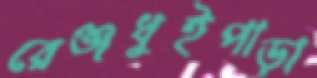
রেঞ্জধুইপাড়া